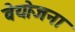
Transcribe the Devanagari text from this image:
वेयोजना